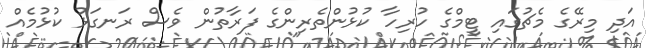
އަދި މިރޭގެ މެޗުގައި ޓީމްގެ ހުރިހާ ކުޅުންތެރިންގެ ފަރާތުން ވެސް ރަނގަޅު ކުޅުމެއް